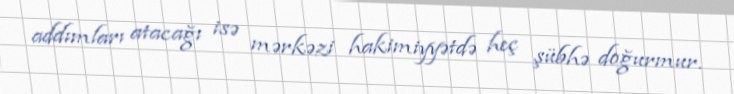
addımları atacağı isə mərkəzi hakimiyyətdə heç şübhə doğurmur.